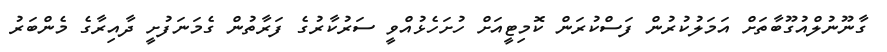
ގާނޫނުލްއުގޫބާތަށް އަމަލުކުރުން ފަސްކުރަން ކޮމިޓީއަށް ހުށަހެޅުއްވީ ސަރުކާރުގެ ފަރާތުން ގެމަނަފުށީ ދާއިރާގެ މެންބަރު